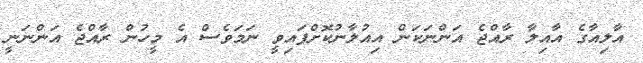
އާލިއާގެ އާއިލާ ރާއްޖެ އަންނަކަން އިއުލާނުކޮށްފައިވީ ނަމަވެސް އެ މީހުން ރާއްޖެ އަންނަނީ